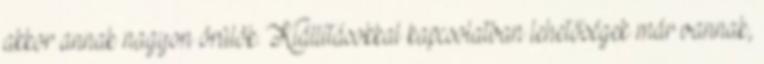
akkor annak nagyon örülök. Kiállításokkal kapcsolatban lehetőségek már vannak,